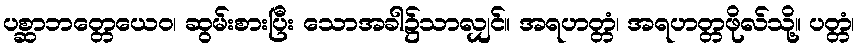
ပစ္ဆာဘတ္တေယေဝ၊ ဆွမ်းစားပြီး သောအခါ၌သာလျှင်။ အရဟတ္တံ၊ အရဟတ္တဖိုလ်သို့။ ပတ္တံ၊